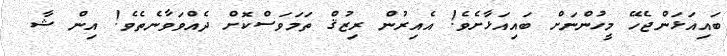
ބައިއަޅަންޖެހޭ މީހުންނަށް ބައިއަޅާށެވެ! އެއިރުން ރިޒުޤް ތަމަވަސްކޮށް ދެއްވަވާނެތެވެ! އިން ޝާ